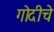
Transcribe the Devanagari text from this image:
गोदीचे